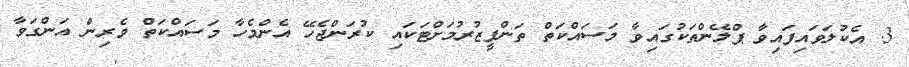
3. އެކުލަވައިފައިވާ ޕްލޭންތަކުގައިވާ މަސައްކަތް ތަންފީޒުރުމަށްޓަކައި ކުރަންޖެހޭ އެންމެހާ މަސައްކަތް ވެރިން އަންގަވާ